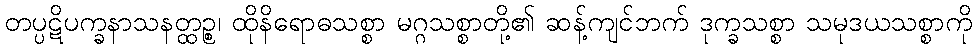
တပ္ပဋိပက္ခနာသနတ္ထဉ္စ၊ ထိုနိရောဓသစ္စာ မဂ္ဂသစ္စာတို့၏ ဆန့်ကျင်ဘက် ဒုက္ခသစ္စာ သမုဒယသစ္စာကို